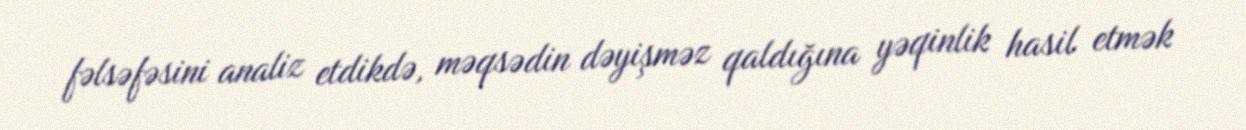
fəlsəfəsini analiz etdikdə, məqsədin dəyişməz qaldığına yəqinlik hasil etmək